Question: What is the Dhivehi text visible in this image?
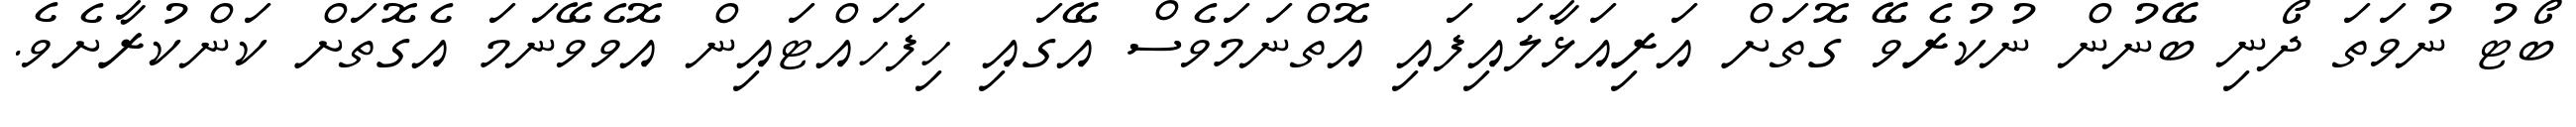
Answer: ބޯޓު ނުވަތަ ދޯނި ބޭނުން ނުކުރެވޭ ގޮތަށް އަރިއަޅާލައިފައި އޮތްނަމަވެސް އޭގައި ހިފަހައްޓައިން އޮވެވޭނަމަ އެގޮތަށް ކަންކުރާށެވެ.